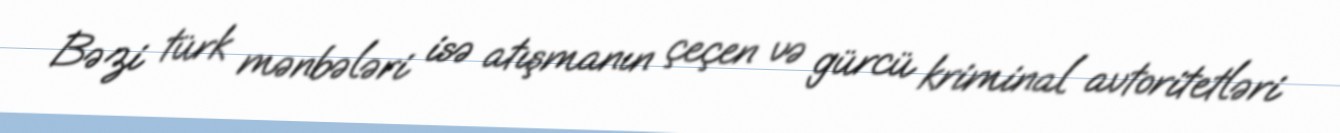
Bəzi türk mənbələri isə atışmanın çeçen və gürcü kriminal avtoritetləri